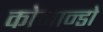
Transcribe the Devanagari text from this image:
कोमान्डो